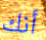
أنك